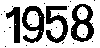
1958